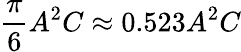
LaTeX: {\frac{\pi}{6}}A^{2}C\approx 0.523A^{2}C